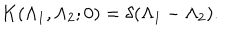
K ( \Lambda _ { 1 } , \Lambda _ { 2 } ; 0 ) = \delta ( \Lambda _ { 1 } - \Lambda _ { 2 } ) .